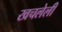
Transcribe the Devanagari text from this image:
खचलेली